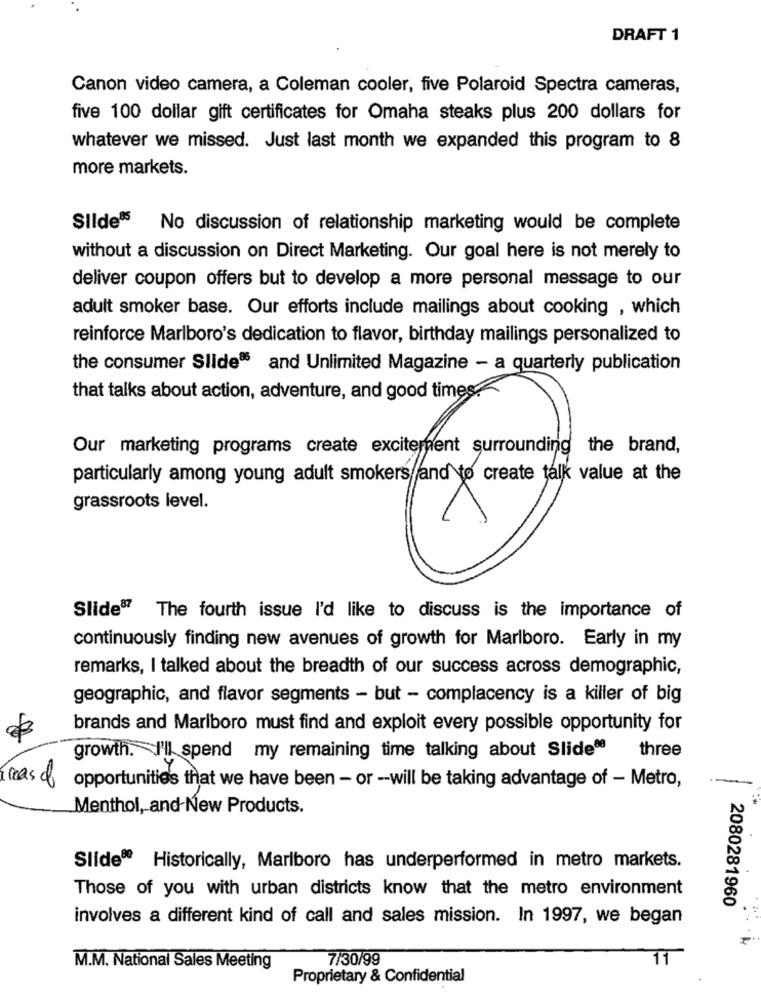
DRAFT 1
Canon video camera, a Coleman cooler, five Polaroid Spectra cameras,
five 100 dollar gift certificates for Omaha steaks plus 200 dollars for
whatever we missed. Just last month we expanded this program to 8
more markets.
Silde85
No discussion of relationship marketing would be complete
without a discussion on Direct Marketing. Our goal here is not merely to
deliver coupon offers but to develop a more personal message to our
adult smoker base. Our efforts include mailings about cooking , which
reinforce Marlboro's dedication to flavor, birthday mailings personalized to
the consumer Slide® and Unlimited Magazine - a quarterly publication
that talks about action, adventure, and good times.
Our marketing programs create excitement surrounding the brand,
particularly among young adult smokers and to create talk value at the
grassroots level.
Slide87 The fourth issue I'd like to discuss is the importance of
continuously finding new avenues of growth for Marlboro. Early in my
remarks, I talked about the breadth of our success across demographic,
geographic, and flavor segments - but - complacency is a killer of big
brands and Marlboro must find and exploit every possible opportunity for
three
growth. I'll spend my remaining time talking about Slide0
áreas de
opportunities that we have been - or -will be taking advantage of - Metro,
Menthol, and New Products.
Slide® Historically, Marlboro has underperformed in metro markets.
Those of you with urban districts know that the metro environment
2080281960
involves a different kind of call and sales mission. In 1997, we began
7/30/99
11
M.M. National Sales Meeting
Proprietary & Confidential